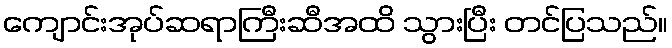
ကျောင်းအုပ်ဆရာကြီးဆီအထိ သွားပြီး တင်ပြသည်။